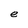
Character: e